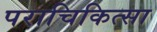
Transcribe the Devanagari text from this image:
पराचिकित्सा